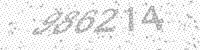
Solution: 986214